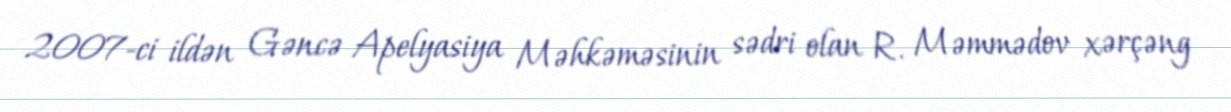
2007-ci ildən Gəncə Apelyasiya Məhkəməsinin sədri olan R. Məmmədov xərçəng